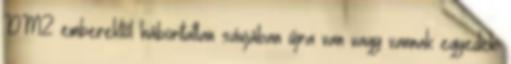
DMZ emberektől háborítatlan sávjában újra van vagy vannak egyedek.